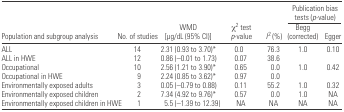
<table><thead><tr><td></td><td></td><td></td><td></td><td></td><td colspan="2"><b>Publication bias tests (<i>p</i>-value)</b></td></tr><tr><td><b>Population and subgroup analysis</b></td><td><b>No. of studies</b></td><td><b>WMD [μg/dL (95% CI)]</b></td><td><b>χ<sup>2</sup> test <i>p</i>-value</b></td><td><b><i>I</i><sup>2</sup> (%)</b></td><td><b>Begg (corrected)</b></td><td><b>Egger</b></td></tr></thead><tbody><tr><td>ALL</td><td>14</td><td>2.31 (0.93 to 3.70)*</td><td>0.0</td><td>76.3</td><td>1.0</td><td>0.10</td></tr><tr><td>ALL in HWE</td><td>12</td><td>0.86 (−0.01 to 1.73)</td><td>0.07</td><td>38.6</td><td></td><td></td></tr><tr><td>Occupational</td><td>10</td><td>2.56 (1.21 to 3.90)*</td><td>0.65</td><td>0.0</td><td>1.0</td><td>0.42</td></tr><tr><td>Occupational in HWE</td><td>9</td><td>2.24 (0.85 to 3.62)*</td><td>0.97</td><td>0.0</td><td></td><td></td></tr><tr><td>Environmentally exposed adults</td><td>3</td><td>0.05 (−0.79 to 0.88)</td><td>0.11</td><td>55.2</td><td>1.0</td><td>0.32</td></tr><tr><td>Environmentally exposed children</td><td>2</td><td>7.34 (4.92 to 9.76)*</td><td>0.57</td><td>0.0</td><td>1.0</td><td>NA</td></tr><tr><td>Environmentally exposed children in HWE</td><td>1</td><td>5.5 (−1.39 to 12.39)</td><td>NA</td><td>NA</td><td>NA</td><td>NA</td></tr></tbody></table>